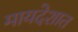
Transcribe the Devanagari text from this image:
मायदेशात